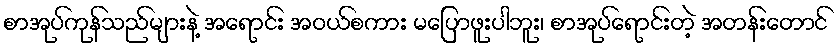
စာအုပ်ကုန်သည်များနဲ့ အရောင်း အဝယ်စကား မပြောဖူးပါဘူး၊ စာအုပ်ရောင်းတဲ့ အတန်းတောင်